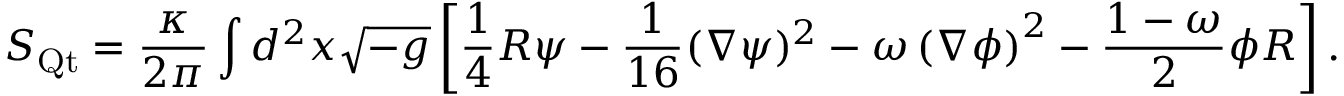
S _ { \mathrm { Q t } } = \frac { \kappa } { 2 \pi } \int d ^ { 2 } x \/ \sqrt { - g } \left[ \frac 1 4 R \psi - \frac { 1 } { 1 6 } ( \nabla \psi ) ^ { 2 } - \omega \left( \nabla \phi \right) ^ { 2 } - \frac { 1 - \omega } { 2 } \phi R \right] .